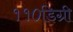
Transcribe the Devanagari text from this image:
११०डिग्री